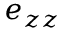
e _ { z z }